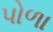
પોળા